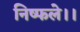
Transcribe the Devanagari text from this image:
निष्फले।।